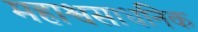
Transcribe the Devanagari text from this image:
महाश्वसाधनिक